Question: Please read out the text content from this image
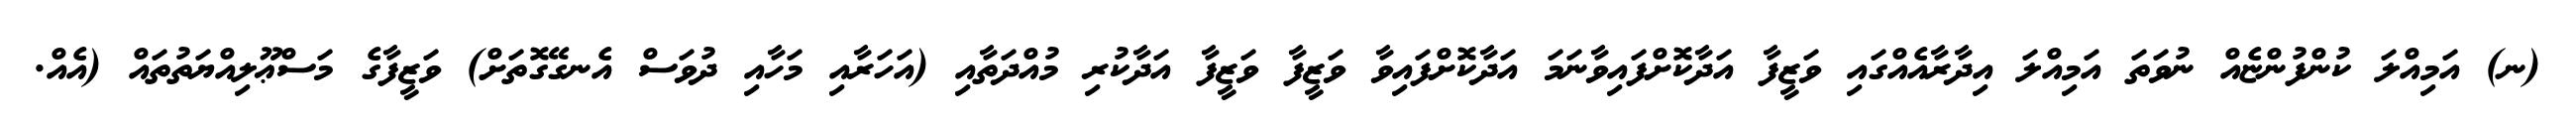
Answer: (ނ) އަމިއްލަ ކުންފުންޏެއް ނުވަތަ އަމިއްލަ އިދާރާއެއްގައި ވަޒީފާ އަދާކޮށްފައިވާނަމަ އަދާކޮށްފައިވާ ވަޒީފާ ވަޒީފާ އަދާކުރި މުއްދަތާއި (އަހަރާއި މަހާއި ދުވަސް އެނގޭގޮތަށް) ވަޒީފާގެ މަސްޢޫލިއްޔަތުތައް (އެއް.